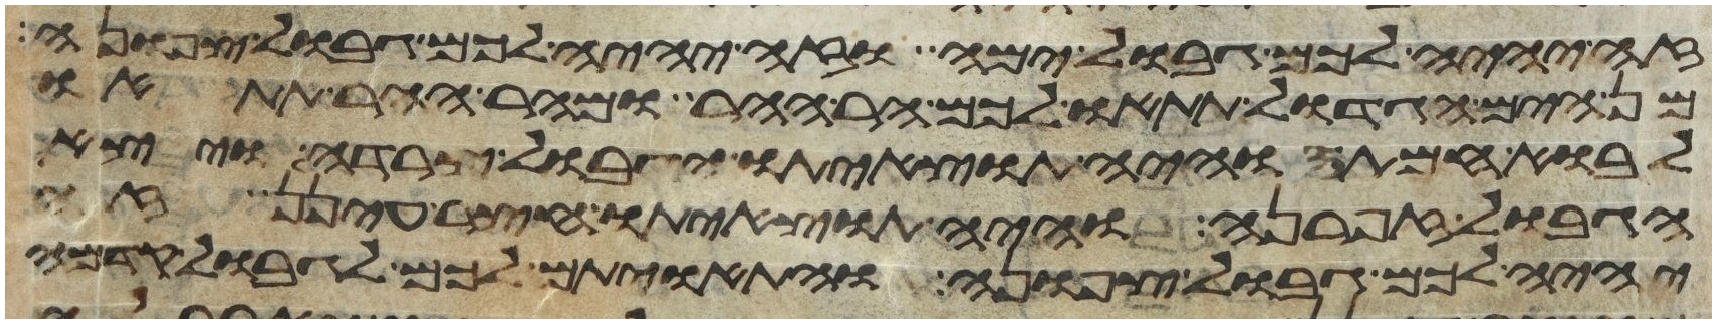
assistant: זה יהיה לכם גבול ימה וזה יהיה לכם גבול צפונה
מן הים הגדול תתאו לכם הר ההר ומהר ההר תתאו
לבוא חמתה והיה תוצאיתו הגבול צרדה ויצא
הגבול זפרנה והיה תוצאיתו חצר עינן זה
יהיה לכם גבול צפונה והתאויתם לכם לגבול קדמה